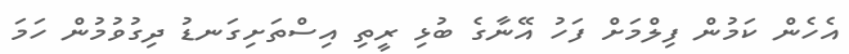
އެހެން ކަމުން ފިލްމަށް ފަހު އޭނާގެ ބުޅި ރީތި އިސްތަށިގަނޑު ދިގުވުމުން ހަމަ